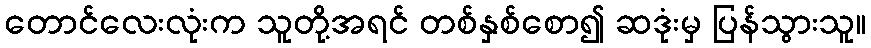
တောင်လေးလုံးက သူတို့အရင် တစ်နှစ်စော၍ ဆဒုံးမှ ပြန်သွားသူ။